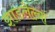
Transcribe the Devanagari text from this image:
झाडलेल्या